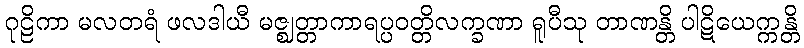
ဂုဠိကာ မလတရံ ဖလဒါယီ မဇ္ဈတ္တာကာရပ္ပဝတ္တိလက္ခဏာ ရူပီသု တာဏန္တိ ပါဋိယေက္ကန္တိ